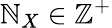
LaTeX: \mathbb{N}_{X}\in\mathbb{{Z}}^{+}